Report on vaccination in the Province of Bengal - 1874-1889
Year: 1874
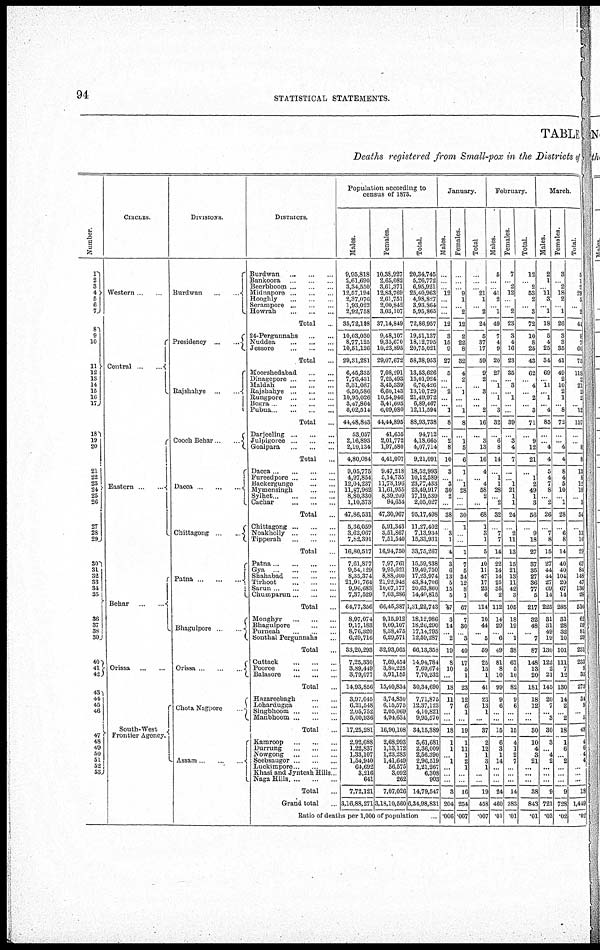
94
STATISTICAL STATEMENTS.
TABLE
Deaths registered from Small-pox in the Districts of
Number.
1
2
3
4
5
6 7
8
9
10
11
12
13
14
15
16
17
18
19
20
21
22
23
24
25
26
27
28
29
30
31
32
33
34
35
36
37
38
39
40
41
42
44
45
46
48
49
50
51
52
53
CIRCLES.
Western ...
Central
...
Eastern ...
Behar
...
...
Orissa
...
...
South-West
Frontier Agency.
DIVISIONS.
Burdwan
...
...
Presidency
...
...
Rajshahye ... ...
Cooch Behar ...
Dacca
...
...
...
Chittagong
...
...
Patna ... ... ... ...
Bhagulpore
...
Orissa ... ... ...
Chota Nagpore
Assam
...
...
...
DISTRICTS.
Burdwan
...
...
...
Bankoora
...
...
...
Beerbhoom ... ... ...
Midnapore ... ... ...
Hooghly ... ... ...
Serampore ... ... ...
Howrah
...
...
...
Total ...
24-Pergunnahs
...
...
Nuddea
...
...
...
Jessore ... ... ...
Total ...
Moorshedabad ... ... ...
Dinagepore ... ... ...
Muldah
...
...
...
Rajshahye
...
...
...
Rungpore ... ... ...
Bogra
...
...
...
Pubna ... ... ...
Total
...
Darjeeling
...
...
...
Julpigoree ... ... ...
Goalpara
...
...
...
Total ...
Dacca
...
...
...
Fureedpore
...
...
...
Backergunge ... ... ...
Mymensingh ... ... ...
Sylhet
...
...
...
...
Cachar
...
...
...
...
Total ...
Chittagong
...
...
...
Noakholly
...
...
...
Tipperah ... ... ...
Total ...
Patna
...
...
...
...
Gya ... ... ... ...
Shahabad
...
...
...
Tuhoot ... ... ...
Sarun
...
...
...
Chumparun
...
...
...
Total ...
Monghyr
...
...
...
Bhagulpore ... ... ...
Purneah ... ... ...
Sonthal Pergunnahs ...
Total ...
Cuttack
...
...
...
Pooree
...
...
...
Balasore
...
...
...
Total ...
Hazareebagh ... ... ...
Lohardugga ... ... ...
Singbhoom ... ... ...
Manbboom ... ... ...
Total
...
Kamroop ... ... ...
Durrung
...
...
...
Nowgong ... ... ...
Seebsaugor ... ... ...
Luckimpore ... ... ...
Khasi and Jynteah Hills
Naga Hills
...
...
...
Total ...
Grand total ...
Population according to
census of 1873.
Males.
9,95,818
2,61,690
3,34,550
12,57,194
2,37,076
1,93,022
2,92,758
35,72,103
10,03,030
8,77,125
10,51,126
29,31,281
6,45,335
7,76,431
3,31,087
6,50,586
10,95,026
3,47,864
6,02,514
44,48,843
53,057
2,16,893
2,10,134
4,80,084
9,05,775
4,97,854
12,04,237
11,87,962
8,80,330
1,10,373
47,86,531
5,36,059
3,62,067
7,82,391
16,80,517
7,61,877
9,54,129
8,35,374
21,91,764
9,96,683
7,37,529
64,77,356
8,97,074
9,17,183
8,76,320
6,29,716
33,20,293
7,25,330
3,89,449
3,79,077
14,93,856
3,97,045
6,21,548
2,05,752
5,00,936
17,25,281
2,92,688
1,22,837
1,33,107
1,54,940
64,692
3,216
641
7,72,121
3,16,88,271
Females.
10,38,927
2,65,082
3,61,371
12,83,769
2,61,751
2,00,842
3,03,107
37,14,849
9,48,107
9,35,670
10,23,895
29,07,672
7,08,291
7,25,493
3,45,339
6,60,143
10,54,946
3,41,603
6,09,080
44,44,895
41,655
2,01,772
1,97,580
4,41,007
9,47,218
5,14,735
11,73,196
11,61,955
8,39,209
94,654
47,30,967
5,91,343
3,51,867
7,51,540
16,94,750
7,97,761
9,95,621
8,88,600
21,92,942
10,67,177
7,03,286
66,45,387
9,15,912
9,09,107
8,38,475
6,29,571
32,93,065
7,69,454
3,80,225
3,91,155
15,40,834
3,74,830
6,15,575
2,05,069
4,94,634
16,90,108
2,68,993
1,13,172
1,23,283
1,41,649
56,575
3,092
262
7,07,026
3,18,10,560
Total.
20,34,745
5,26,772
6,95,921
25,40,963
4,98,827
3,93 864
5,95,865
72,86,957
19,51,137
18,12,795
20,75,021
58,38,953
13,53,626
15,01,924
6,76,426
13,10,729
21,49,972
6,89,467
12,11,594
88,93,738
94,712
4,18,665
4,07,714
9,21,091
18,52,993
10,12,589
23,77,433
23,49,917
17,19,539
2,05,027
95,17,498
11,27,402
7,13,934
15,33,931
33,75,267
15,59,338
19,49,750
17,23,974
43,84,706
20,63,860
14,40,815
1,31,22,743
18,12,986
13,26,290
17,14,795
12,59,287
66,13,358
14,94,784
7,69,674
7,70,232
30,34,690
7,71,875
12,37,123
4,10,821
9,95,570
34,15,389
5,61,681
2,36,009
2,56,390
2,96,519
1,21,267
6,303
903
14,79,547
6,34,98,831
Ratio of deaths per 1,000 of population
January.
Males.
...
...
...
12
...
... ...
12
3
15
9
27
5
...
... 2
...
... 1
8
...
2
8
10
3
... 3
30
2
...
38
...
3 1
4
3
6
13
5
15
5
47
3
14
... 2
19
8
10
...
18
11
7
...
...
18
1
1
... 1
...
... ...
3
204
006
Females.
...
...
...
9
1
... 2
12
2
22
8
32
4
2
... 1
...
... 1
8
...
1
5
6
1
... 1
28
...
...
30
1
...
...
1
7
5
34
12
8
1
67
7
30
... 3
40
17
5
1
23
12
6
1
...
19
1
11
1
2
1
... ...
16
254
007
Total
...
...
...
21
1
... 2
24
5
37
17
59
9
2
... 3
...
..... 2
16
...
3
13
16
4
... 4
58
2
...
68
1
3
1
5
10
11
47
17
23
6
114
10
44
... 5
59
25
15
1
41
23
13
1
...
37
2
12
1
3
1
... ...
19
458
.007
February.
Males.
5
...
...
41
2
... 1
49
7
4
9
20
27
... 1
... 1
... 3
32
...
6
8
14
...
1
1
28
... 2
32
...
7
7
14
22
14
14
25
35
2
112
14
29
... 6
49
81
8
10
99
9
6
...
...
15
6
3
1
14
...
... ...
24
460
01
Females.
7
...
2
12
...
... 2
23
3
4
16
23
35
... 3
... 1
...
...
39
...
3
4
7
...
... 1
21
1
1
24
...
2
11
13
15
21
13
11
42
3
105
18
19
... 1
38
67
5
10
82
9
6
...
...
15
4
1
2
7
...
... ...
14
383
.01
Total.
12
...
2
53
2
... 3
72
10
8
25
43
62
... 4
... 2
..... 3
71
...
9
12
21
...
1
2
49
1
3
56
...
9
18
27
37
35
27
36
77
5
217
32
48
... 7
87
148
13
20
181
18
12
...
...
30
10
4
3
21
...
...
...
38
843
.01
March.
Males.
2
1
...
11
3
... 1
18
5
4
25
34
69
... 11
... 1
... 4
85
...
... 4
4
5
4
7
8
... 2
26
...
7
8
15
27
44
44
27
69
14
225
31
31
49
19
130
122
2
21
145
20
7
... 3
30
3
... 4
2
...
... ...
9
721
.02
Females.
3
...
2
18
2
... 1
26
3
3
35
41
49
2
10
2
1
... 8
72
...
... 4
4
8
4
5
10
... 1
28
...
6
8
14
40
40
104
20
67
14
285
31
28
32
10
101
111
7
12
130
14
2
... 2
18
1
6
... 2
...
... ...
9
728
.02
Total
5
1
2
29 5
5
2
44
8
7
60
75
118
2
21
2
2
... 12
157
...
... 8
8
13
8
12
18
... 3
54
...
13
16
29
67
84
148
47
136
28
510
62
59
81 29
23l
233
9
33
275
34
9
... 5
48
4
6
4
4
...
... ...
18
1,449
.02